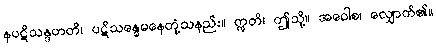
နပဋိသန္ဒဟတိ၊ ပဋိသန္ဓေမနေတုံ့သနည်း။ ဣတိ၊ ဤသို့။ အဝေါစ၊ လျှောက်၏။